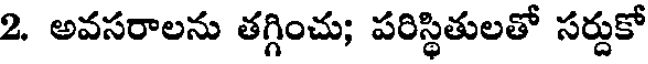
2. అవసరాలను తగ్గించు; పరిస్థితులతో సర్దుకో